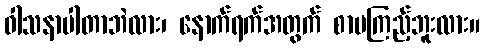
ဝါသနာပါတာဘဲလား၊ နောက်ရက်အတွက် စာမကြည့်ဘူးလား။